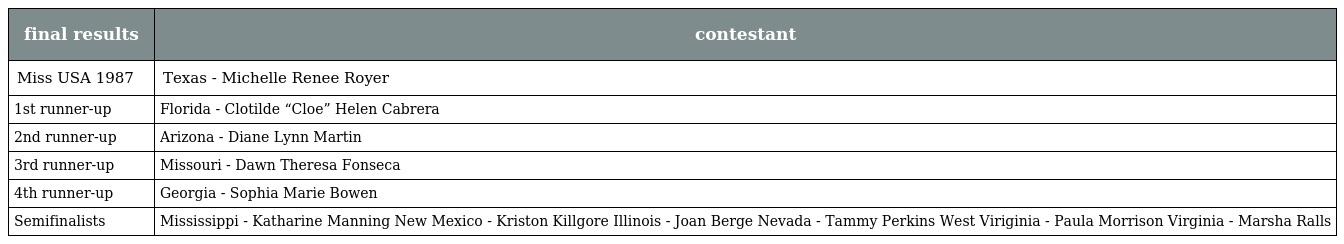
| final results | contestant |
 | --- | --- |
 | Miss USA 1987 | Texas - Michelle Renee Royer |
 | 1st runner-up | Florida - Clotilde “Cloe” Helen Cabrera |
 | 2nd runner-up | Arizona - Diane Lynn Martin |
 | 3rd runner-up | Missouri - Dawn Theresa Fonseca |
 | 4th runner-up | Georgia - Sophia Marie Bowen |
 | Semifinalists | Mississippi - Katharine Manning New Mexico - Kriston Killgore Illinois - Joan Berge Nevada - Tammy Perkins West Viriginia - Paula Morrison Virginia - Marsha Ralls |